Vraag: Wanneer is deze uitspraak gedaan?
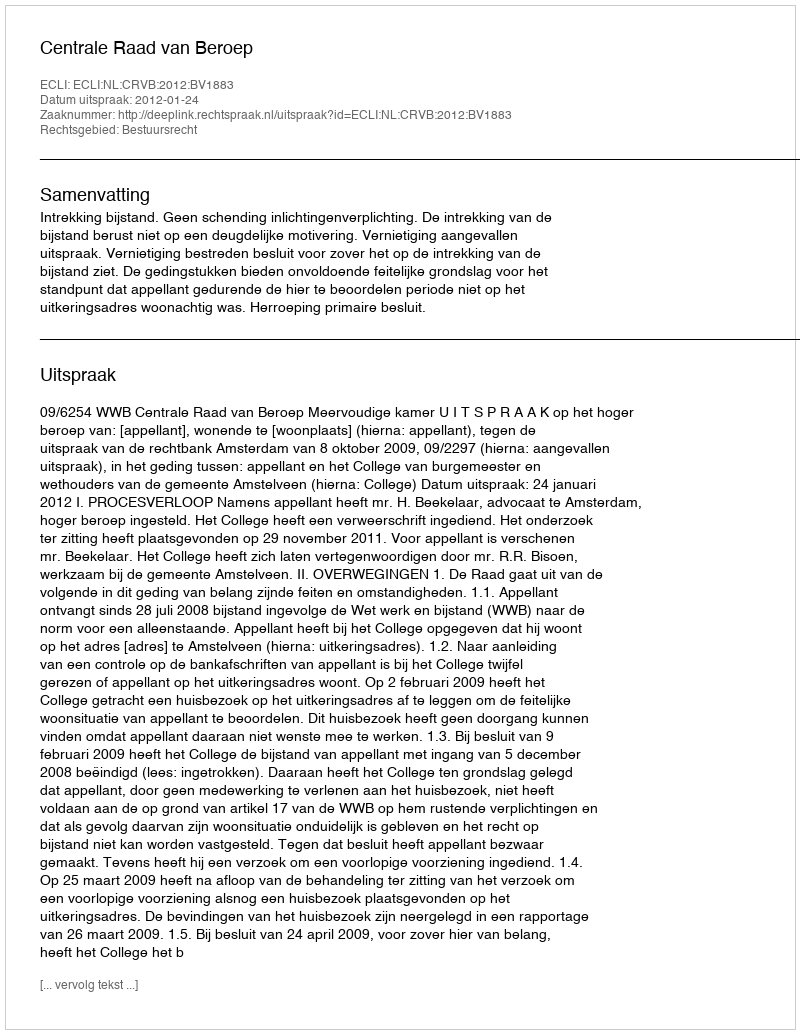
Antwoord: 2012-01-24